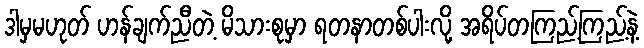
ဒါမှမဟုတ် ဟန်ချက်ညီတဲ့ မိသားစုမှာ ရတနာတစ်ပါးလို့ အရိပ်တကြည့်ကြည့်နဲ့